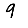
Digit: 9